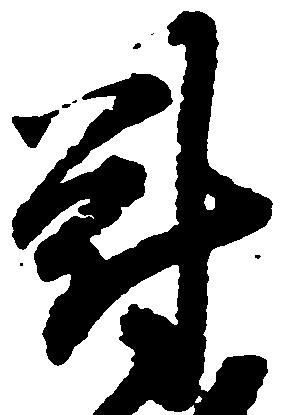
對